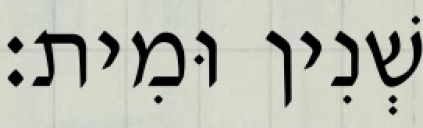
שְׁנִין וּמִית׃